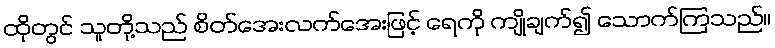
ထိုတွင် သူတို့သည် စိတ်အေးလက်အေးဖြင့် ရေကို ကျိုချက်၍ သောက်ကြသည်။